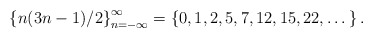
\begin{align*}\left\{ n(3n-1)/2 \right\}_{n=-\infty}^\infty = \left\{0,1,2,5,7,12,15,22,\dots\right\}.\end{align*}